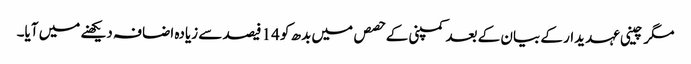
مگر چینی عہدیدار کے بیان کے بعد کمپنی کے حصص میں بدھ کو 14 فیصد سے زیادہ اضافہ دیکھنے میں آیا۔